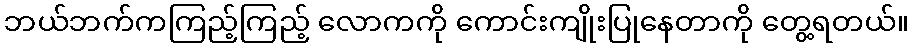
ဘယ်ဘက်ကကြည့်ကြည့် လောကကို ကောင်းကျိုးပြုနေတာကို တွေ့ရတယ်။